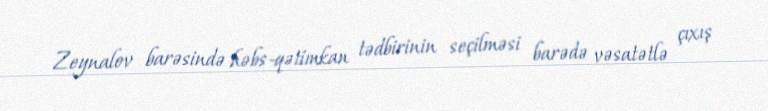
Zeynalov barəsində həbs-qətimkan tədbirinin seçilməsi barədə vəsatətlə çıxış